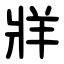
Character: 牂